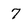
Character: 7